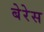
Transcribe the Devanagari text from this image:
बेरेस